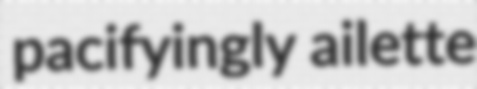
pacifyingly ailette